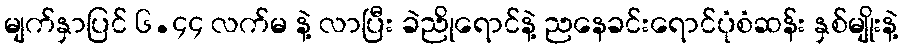
မျက်နှာပြင် ၆.၄၄ လက်မ နဲ့ လာပြီး ခဲညိုရောင်နဲ့ ညနေခင်းရောင်ပုံစံဆန်း နှစ်မျိုးနဲ့